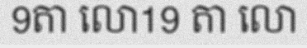
9តា លោ19 តា លោ